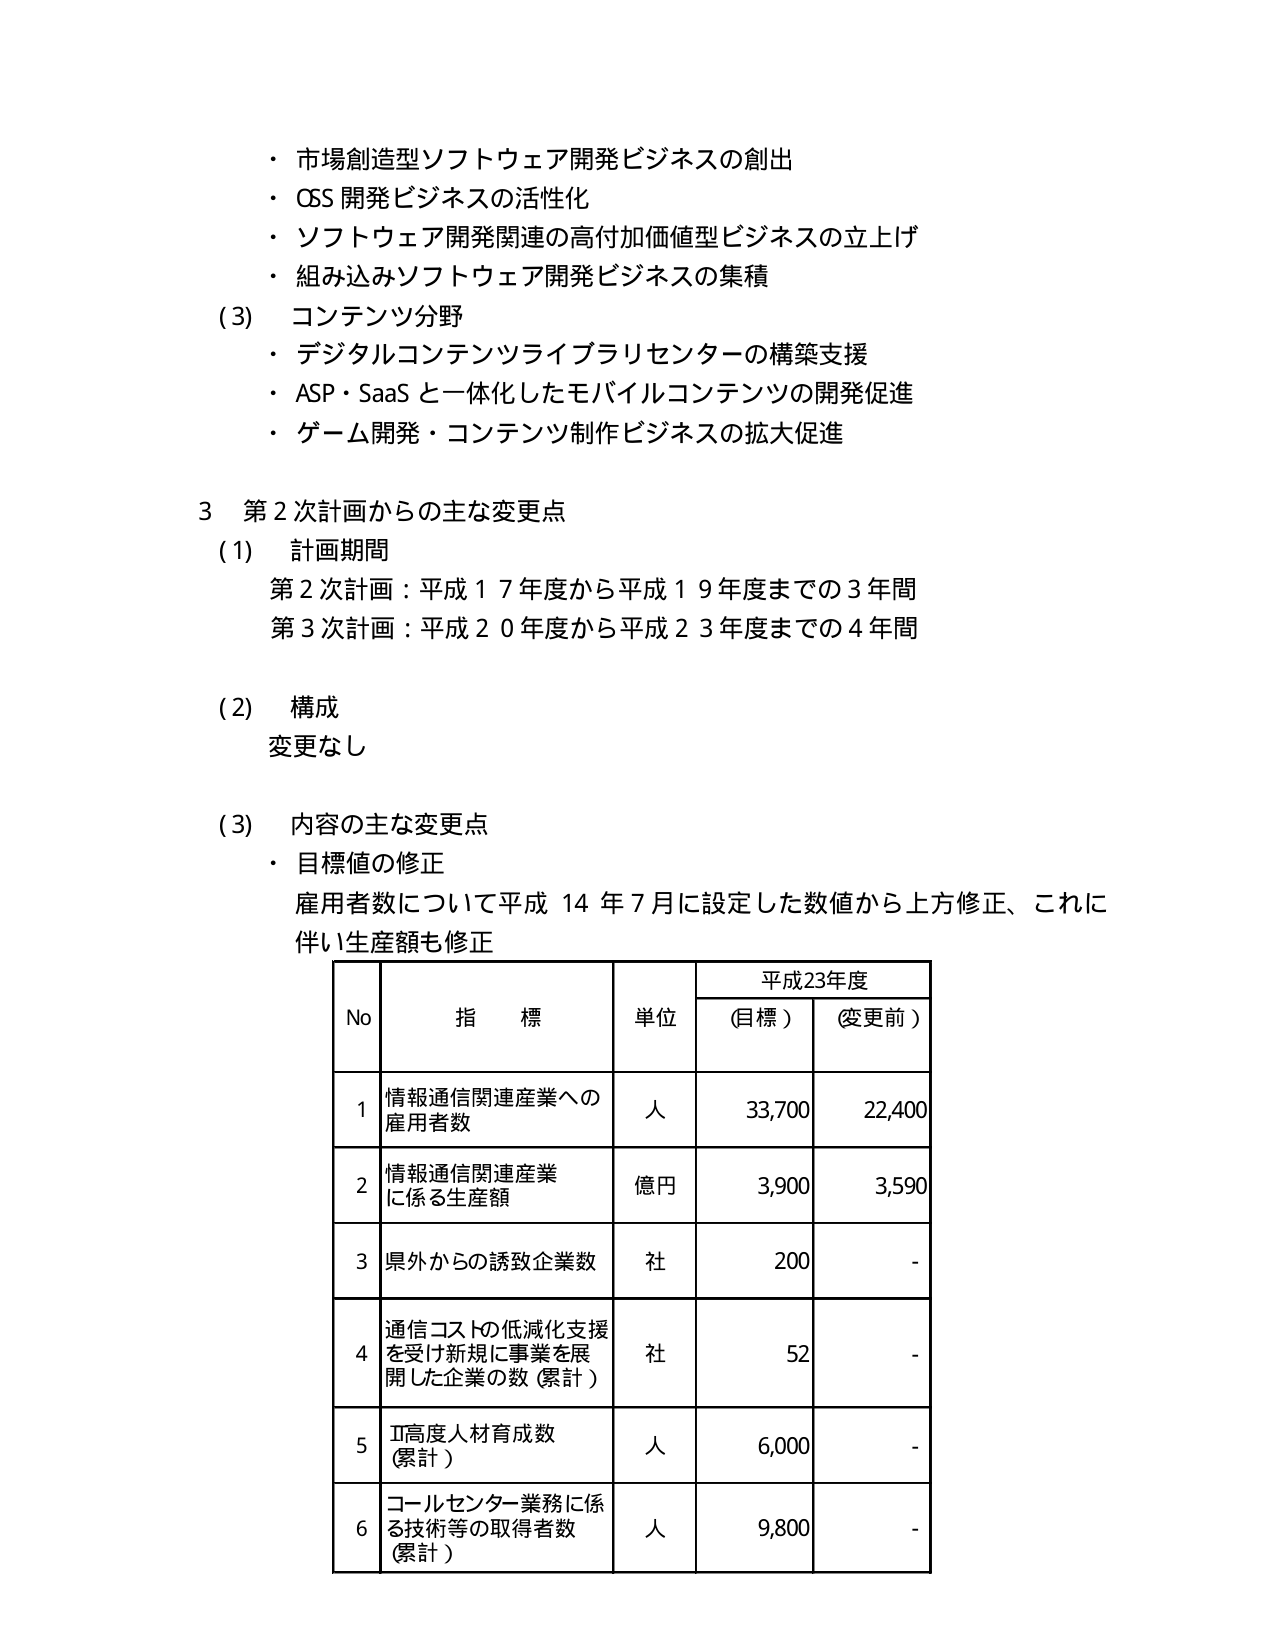
・市場創造型ソフトウェア開発ビジネスの創出
・ OSS 開発ビジネスの活性化
・ソフトウェア開発関連の高付加価値型ビジネスの立上げ
・組み込みソフトウェア開発ビジネスの集積

(3) コンテンツ分野
・デジタルコンテンツライブラリセンターの構築支援
・ASP・SaaSと一体化したモバイルコンテンツの開発促進
・ゲーム開発・コンテンツ制作ビジネスの拡大促進

3 第2次計画からの主な変更点
(1) 計画期間
第2次計画：平成17年度から平成19年度までの3年間
第3次計画：平成20年度から平成23年度までの4年間

(2) 構成
変更なし

(3) 内容の主な変更点
・目標値の修正
雇用者数について平成14年7月に設定した数値から上方修正、これに伴い生産額も修正

| No | 指標 | 単位 | 平成23年度 | |
|----|------|------|------------|---|
|    |      |      | (目標)     | (変更前) |
| 1  | 情報通信関連産業への雇用者数 | 人 | 33,700 | 22,400 |
| 2  | 情報通信関連産業に係る生産額 | 億円 | 3,900 | 3,590 |
| 3  | 県外からの誘致企業数 | 社 | 200 | - |
| 4  | 通信コストの低減化支援を受け新規に事業を展開した企業の数（累計） | 社 | 52 | - |
| 5  | IT高度人材育成数（累計） | 人 | 6,000 | - |
| 6  | コールセンター業務に係る技術等の取得者数（累計） | 人 | 9,800 | - |